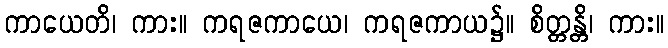
ကာယေတိ၊ ကား။ ကရဇကာယေ၊ ကရဇကာယ၌။ စိတ္တန္တိ၊ ကား။